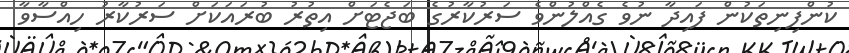
ކުންފިނިތަކުން ފައިދާ ނުވެ ގެއްލުންވެ ސަރުކާރުގެ ބަޖެޓަށް އިތުރު ބުރައަކަށް ސަރުކާރު ހިއްސާވާ